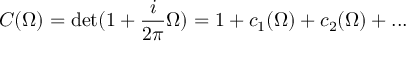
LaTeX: C ( \Omega ) = \operatorname * { d e t } ( 1 + \frac { i } { 2 \pi } \Omega ) = 1 + c _ { 1 } ( \Omega ) + c _ { 2 } ( \Omega ) + . . .